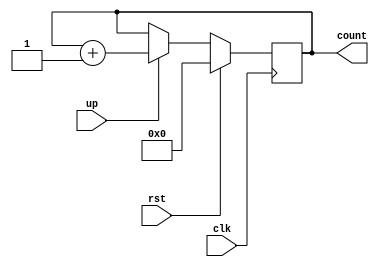


module counter(clk,up,rst,count);
  //define input and output ports
  input clk,up,rst;
  output reg [20:0] count;
  //always block will be executed at each and every positive edge of the clock
  always@(posedge clk) 
  begin
    if(rst)
      count <= 20'd0;
    else if(up)        //count up
      count <= count + 1;
    
  end

endmodule

// module counter_tb;
//   reg clk,up,rst;
//   wire [20:0] count;
//   // instance counter design
//   counter ct_1(.up(up),.rst(rst),.clk(clk),.count(count));
//   initial begin 
//     rst = 1;
//     #10
//     rst = 0;
//     up = 1;
//   end
//   //clock generator
//   initial begin 
//   clk = 1'b0; 
//   repeat(60) #5 clk= ~clk;
//   end

//   initial begin 
//     $monitor("time=%0d,count=%d",$time,count);
//   end
// endmodule